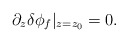
\begin{align*}\partial_z \delta \phi_f \vert_{z=z_0} =0.\end{align*}